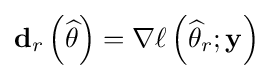
\mathbf {d} _{r}\left({\widehat {\theta }}\right)=\nabla \ell \left({\widehat {\theta }}_{r};\mathbf {y} \right)